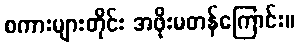
စကားများတိုင်း အဖိုးမတန်ကြောင်း။